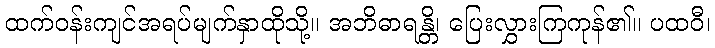
ထက်ဝန်းကျင်အရပ်မျက်နှာထိုသို့။ အဘိဓာရန္တိ၊ ပြေးလွှားကြကုန်၏။ ပထဝီ၊